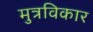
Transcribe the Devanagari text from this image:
मुत्रविकार